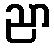
ညာ